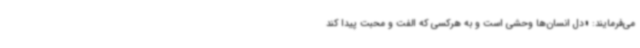
می‌فرمایند: «دل انسان‌ها وحشی است و به هرکسی که الفت و محبت پیدا کند